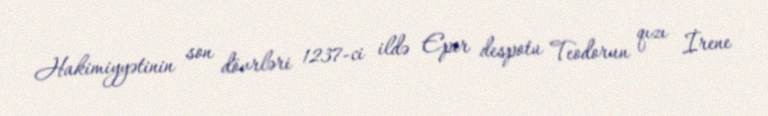
Hakimiyyətinin son dövrləri 1237-ci ildə Epir despotu Teodorun qızı İrene